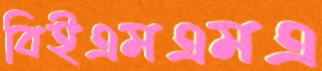
বিইএমএমএ